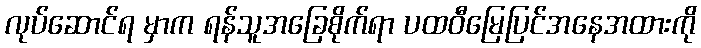
လုပ်ဆောင်ရ မှာက ရန်သူအခြေစိုက်ရာ ပထဝီမြေပြင်အနေအထားကို